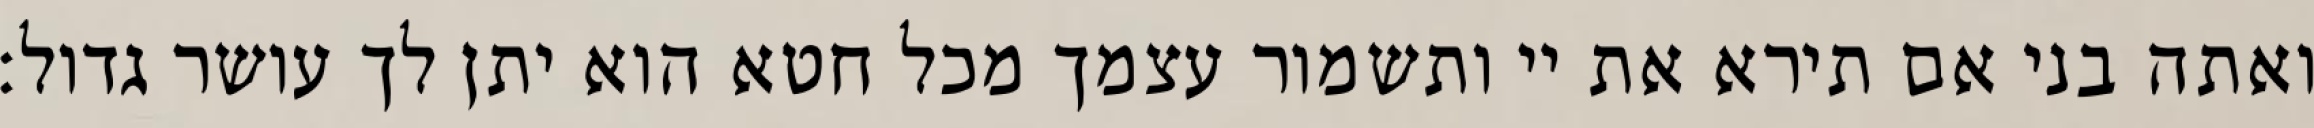
ואתה בני אם תירא את יי ותשמור עצמך מכל חטא הוא יתן לך עושר גדול: